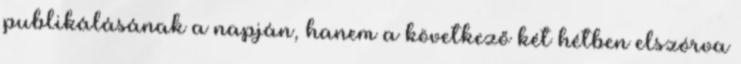
publikálásának a napján, hanem a következő két hétben elszórva